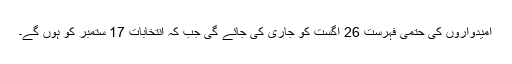
اُمیدواروں کی حتمی فہرست 26 اگست کو جاری کی جائے گی جب کہ انتخابات 17 ستمبر کو ہوں گے۔